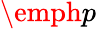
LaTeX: \emph{p}